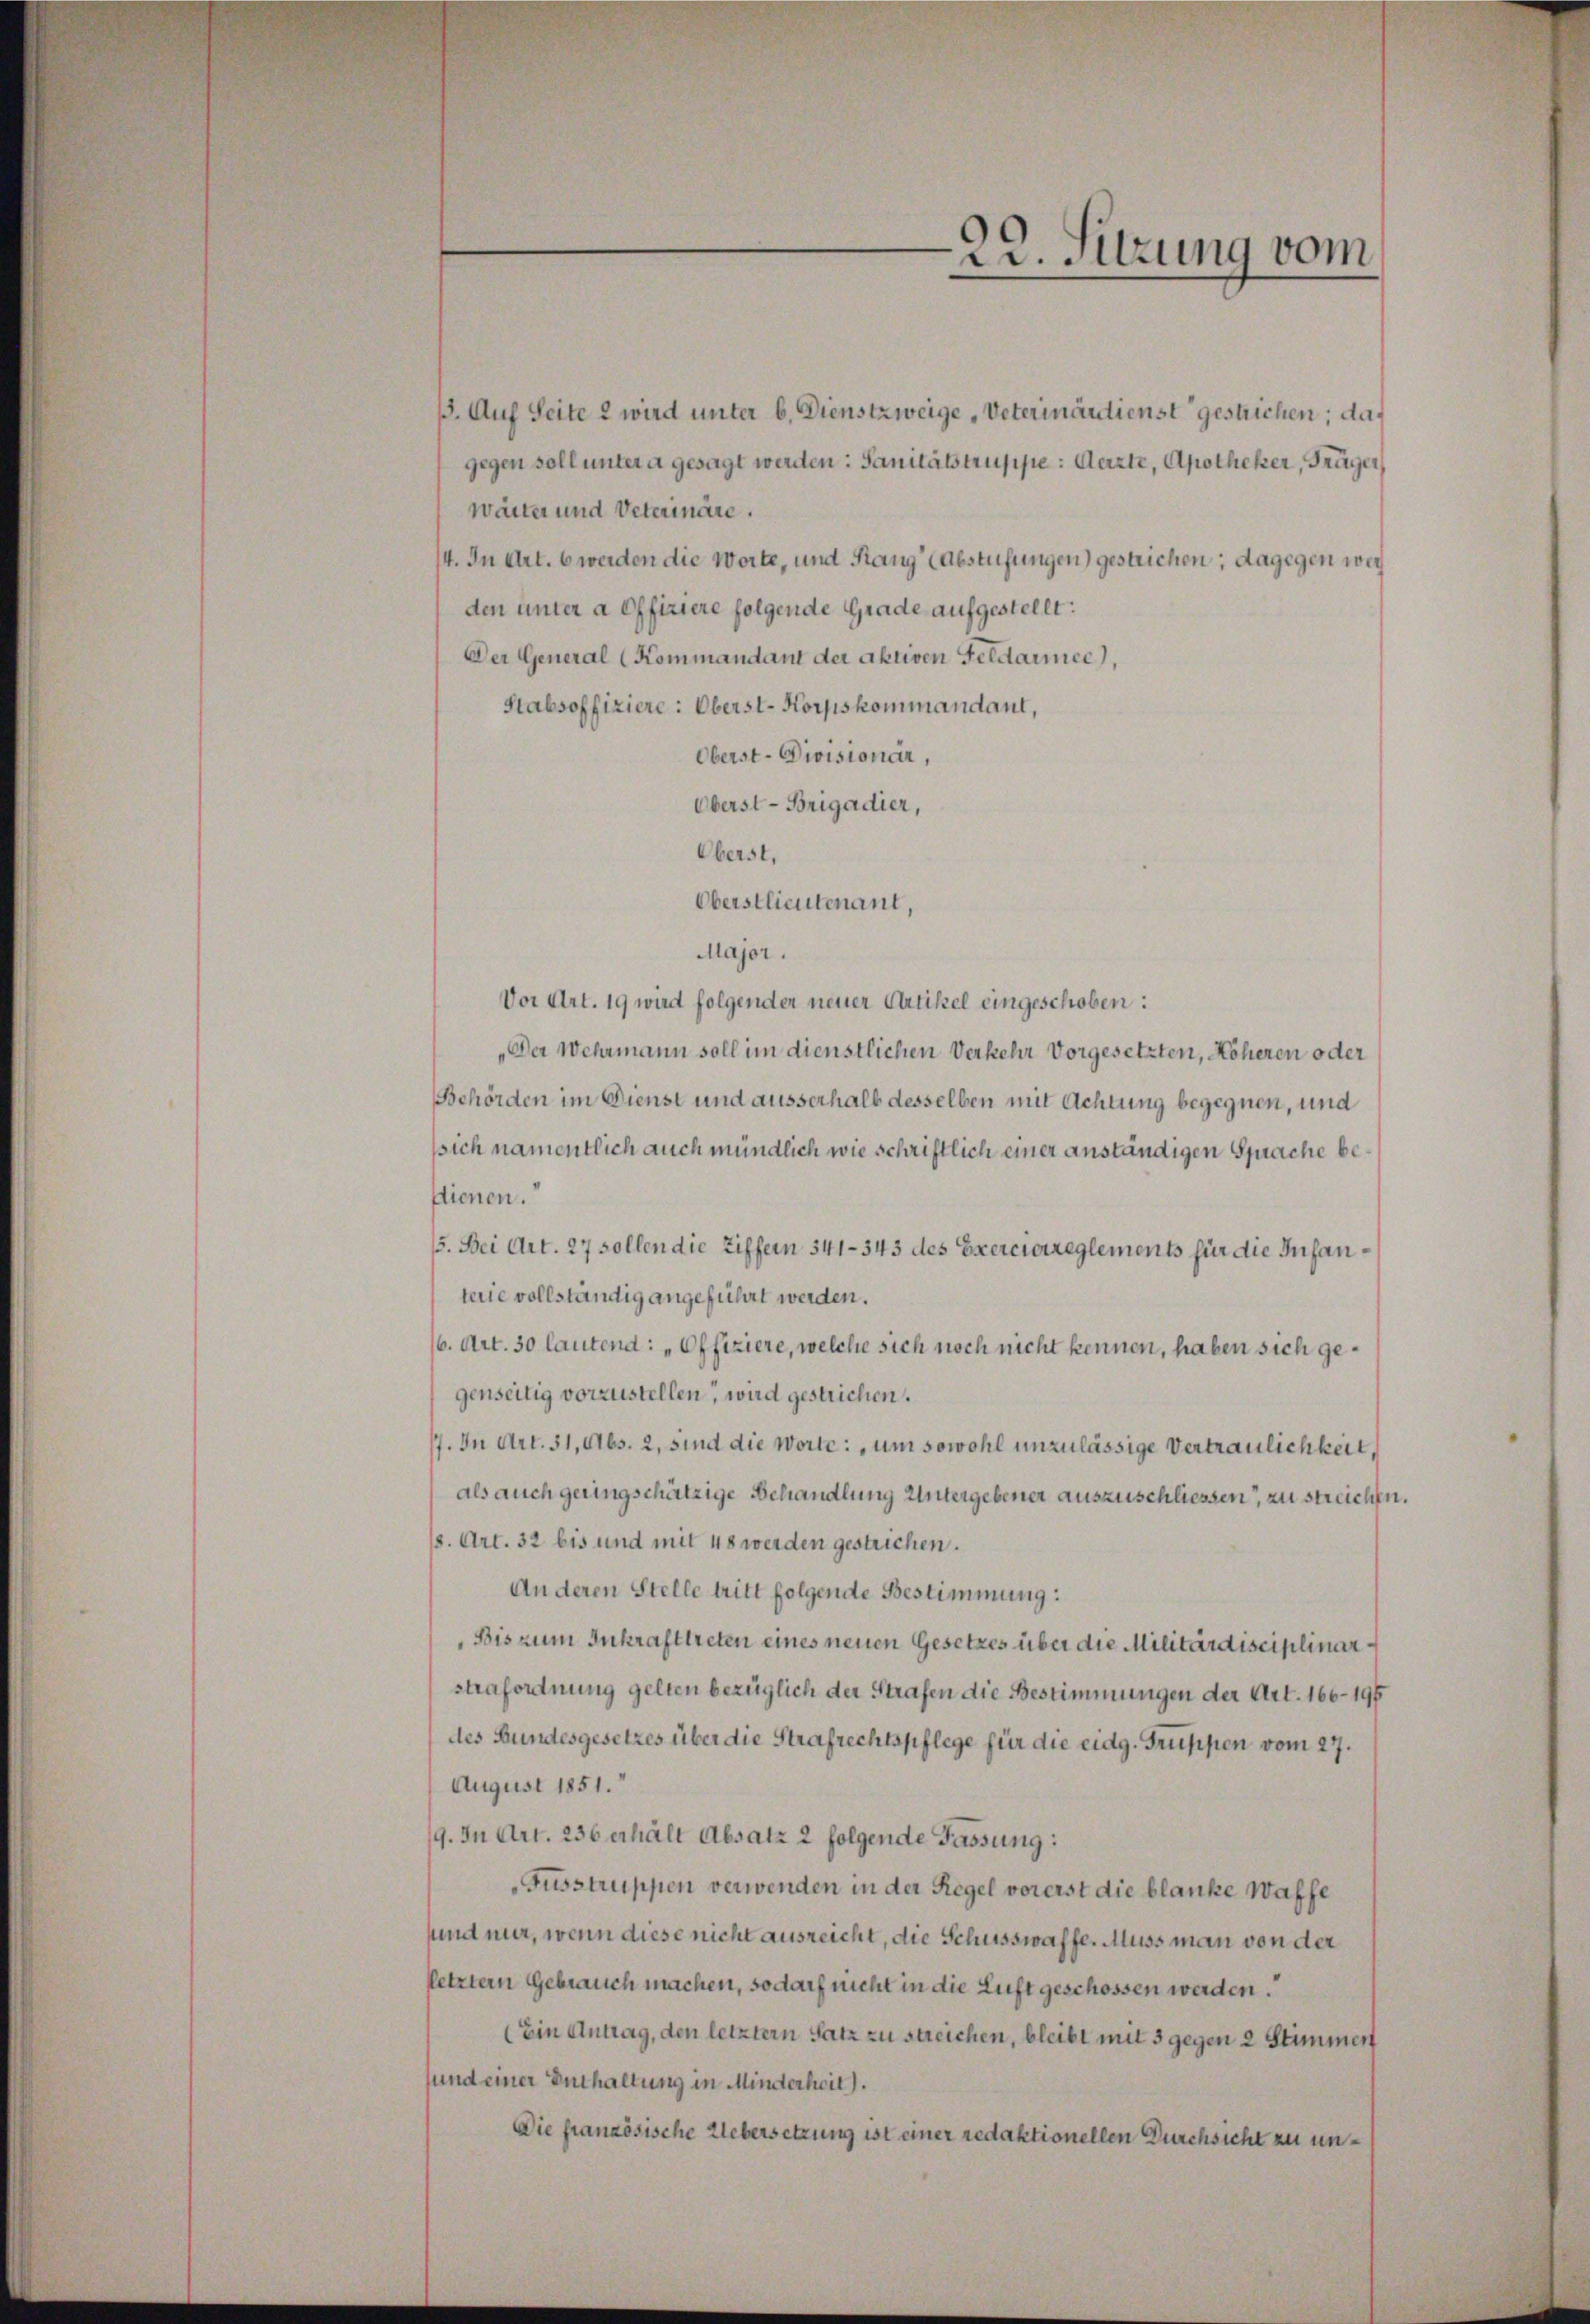
1. Auf Seite 2 wird unter b. Dienstzweige „Veterinärdienst gestrichen; das
gegen soll unter a gesagt werden: Sanitätstruppe: Aerzte, Apotheker, Träger,
Wärter und Veterinäre.
14. In Art. 6 werden die Worte, und Rang (Abstufungen) gestrichen; dagegen wei
den unter a offiziere folgende Grade aufgestellt:
Der General (Kommandant der aktiven Feldarmee,
Stabsoffiziere: Oberst-Korpskommandant,
Oberst-Divisionar,
Oberst-Brigadier,
Oberst,
Oberstlieutenant,
Major.
Vor Art. 19 wird folgender neuer Artikel eingeschoben:
„Der Wehrmann soll im dienstlichen Verkehr vorgesetzten, Höheren oder
Behörden im Dienst und ausserhalb desselben mit Achtung begegnen, und
sich namentlich auch mündlich wie schriftlich einer anständigen Sprache bestienen.
/5. Bei Art. 27 sollen die Ziffern 341-343 des Exercierreglements für die Infanterie vollständig angeführt werden.
(6. Art. 30 lautend: „Offiziere, welche sich noch nicht kennen, haben sich gegenseitig vorzustellen, wird gestrichen.
7. In Art. 31, Abs. 2, sind die Worte: „um sowohl unzulässige Vertraulichkeit,
als auch geringschätzige Behandlung Untergebener auszuschliessen, zu streichen.
(s. Art. 32 bis und mit 48 werden gestrichen.
An deren Stelle tritt folgende Bestimmung:
Bis zum Inkrafttreten eines neuen Gesetzes über die Militärdisciplinarstrafordnung gelten bezüglich der Strafen die Bestimmungen der Art. 166-194
des Bundesgesetzes über die Strafrechtspflege für die eidg. Gruppen vom 27.
August 1851.
9. In Art. 236 erhält Absatz 2 folgende Fassung:
Fusstruppen verwenden in der Regel vorerst die blanke Waffe
sund nur, wenn diese nicht ausreicht, die Schusswaffe. Auss man von der
letztern Gebrauch machen, so darf nicht in die Luft geschossen werden.
(Ein Antrag, den letztern Satz zu streichen, bleibt mit 3 gegen 2 Stimmer
und einer Enthaltung in Minderheit).
Die französische Uebersetzung ist einer redaktionellen Durchsicht zu un¬

22. Sitzung vom